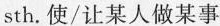
sth.使/让某人做某事